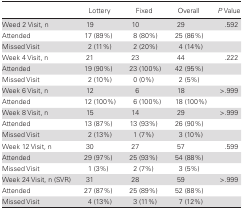
<table><thead><tr><td></td><td><b>Lottery</b></td><td><b>Fixed</b></td><td><b>Overall</b></td><td><b><i>P</i> Value</b></td></tr></thead><tbody><tr><td>Weed 2 Visit, n</td><td>19</td><td>10</td><td>29</td><td>.592</td></tr><tr><td>Attended</td><td>17 (89%)</td><td>8 (80%)</td><td>25 (86%)</td><td></td></tr><tr><td>Missed Visit</td><td>2 (11%)</td><td>2 (20%)</td><td>4 (14%)</td><td></td></tr><tr><td>Week 4 Visit, n</td><td>21</td><td>23</td><td>44</td><td>.222</td></tr><tr><td>Attended</td><td>19 (90%)</td><td>23 (100%)</td><td>42 (95%)</td><td></td></tr><tr><td>Missed Visit</td><td>2 (10%)</td><td>0 (0%)</td><td>2 (5%)</td><td></td></tr><tr><td>Week 6 Visit, n</td><td>12</td><td>6</td><td>18</td><td>&gt;.999</td></tr><tr><td>Attended</td><td>12 (100%)</td><td>6 (100%)</td><td>18 (100%)</td><td></td></tr><tr><td>Week 8 Visit, n</td><td>15</td><td>14</td><td>29</td><td>&gt;.999</td></tr><tr><td>Attended</td><td>13 (87%)</td><td>13 (93%)</td><td>26 (90%)</td><td></td></tr><tr><td>Missed Visit</td><td>2 (13%)</td><td>1 (7%)</td><td>3 (10%)</td><td></td></tr><tr><td>Week 12 Visit, n</td><td>30</td><td>27</td><td>57</td><td>.599</td></tr><tr><td>Attended</td><td>29 (97%)</td><td>25 (93%)</td><td>54 (88%)</td><td></td></tr><tr><td>Missed Visit</td><td>1 (3%)</td><td>2 (7%)</td><td>3 (5%)</td><td></td></tr><tr><td>Week 24 Visit, n (SVR)</td><td>31</td><td>28</td><td>59</td><td>&gt;.999</td></tr><tr><td>Attended</td><td>27 (87%)</td><td>25 (89%)</td><td>52 (88%)</td><td></td></tr><tr><td>Missed Visit</td><td>4 (13%)</td><td>3 (11%)</td><td>7 (12%)</td><td></td></tr></tbody></table>